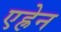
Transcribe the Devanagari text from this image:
एह्रेन